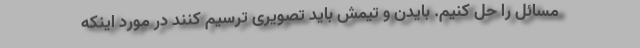
مسائل را حل کنیم. بایدن و تیمش باید تصویری ترسیم کنند در مورد اینکه